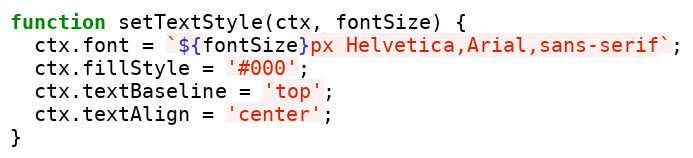
Language: JavaScript
function setTextStyle(ctx, fontSize) {
  ctx.font = `${fontSize}px Helvetica,Arial,sans-serif`;
  ctx.fillStyle = '#000';
  ctx.textBaseline = 'top';
  ctx.textAlign = 'center';
}